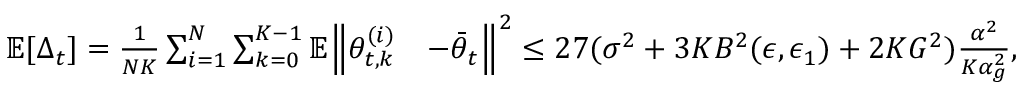
\begin{array} { r l } { \mathbb { E } [ \Delta _ { t } ] = \frac { 1 } { N K } \sum _ { i = 1 } ^ { N } \sum _ { k = 0 } ^ { K - 1 } \mathbb { E } \Big \lVert \theta _ { t , k } ^ { ( i ) } } & { - \bar { \theta } _ { t } \Big \rVert ^ { 2 } \le 2 7 ( \sigma ^ { 2 } + 3 K B ^ { 2 } ( \epsilon , \epsilon _ { 1 } ) + 2 K G ^ { 2 } ) \frac { \alpha ^ { 2 } } { K \alpha _ { g } ^ { 2 } } , } \end{array}